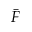
\bar { F }